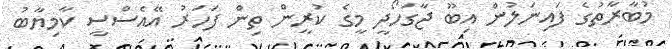
މުބާރާތުގެ ފައިނަލުން އިބޫ ޖާގަހޯދީ މީގެ ކުރީން ތިން ފަހަރު އޭއެސްސީ ކާމިޔާބު